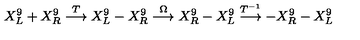
X _ { L } ^ { 9 } + X _ { R } ^ { 9 } \stackrel { T } { \longrightarrow } X _ { L } ^ { 9 } - X _ { R } ^ { 9 } \stackrel { \Omega } { \longrightarrow } X _ { R } ^ { 9 } - X _ { L } ^ { 9 } \stackrel { T ^ { - 1 } } { \longrightarrow } - X _ { R } ^ { 9 } - X _ { L } ^ { 9 }